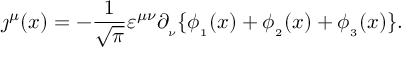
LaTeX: \j ^ { \mu } ( x ) = - \frac { 1 } { \sqrt { \pi } } \varepsilon ^ { \mu \nu } \partial _ { _ \nu } \{ \phi _ { _ 1 } ( x ) + \phi _ { _ 2 } ( x ) + \phi _ { _ 3 } ( x ) \} .